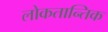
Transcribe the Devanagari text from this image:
लोकतान्तिक